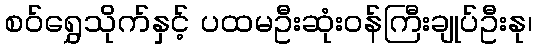
စဝ်ရွှေသိုက်နှင့် ပထမဦးဆုံးဝန်ကြီးချုပ်ဦးနု၊